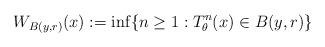
LaTeX: \begin{align*}W_{B(y,r)} (x):=\inf\{n\geq 1: T_\theta^n(x)\in B(y,r)\}\end{align*}